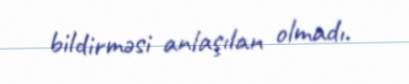
bildirməsi anlaşılan olmadı.